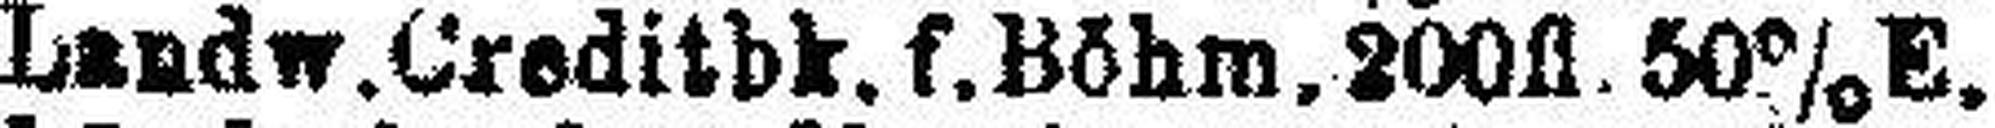
Landw. Creditbk, f. Böhm. 200fl. 50% E.